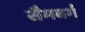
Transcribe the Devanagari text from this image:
सैमबर्ग